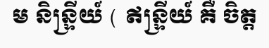
ម និន្ទ្រីយ៍ ( ឥន្ទ្រីយ៍ គឺ ចិត្ត